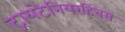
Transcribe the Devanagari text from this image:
ट्रायटेनियरहिंचस